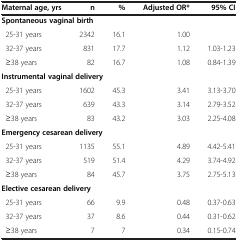
| Maternal age, yrs | n | % | Adjusted OR* | 95% CI |
 | --- | --- | --- | --- | --- |
 | Spontaneous vaginal birth |  |  |  |  |
 | 25-31 years | 2342 | 16.1 | 1.00 |  |
 | 32-37 years | 831 | 17.7 | 1.12 | 1.03-1.23 |
 | ≥38 years | 82 | 16.7 | 1.08 | 0.84-1.39 |
 | Instrumental vaginal delivery |  |  |  |  |
 | 25-31 years | 1602 | 45.3 | 3.41 | 3.13-3.70 |
 | 32-37 years | 639 | 43.3 | 3.14 | 2.79-3.52 |
 | ≥38 years | 83 | 43.2 | 3.03 | 2.25-4.08 |
 | Emergency cesarean delivery |  |  |  |  |
 | 25-31 years | 1135 | 55.1 | 4.89 | 4.42-5.41 |
 | 32-37 years | 519 | 51.4 | 4.29 | 3.74-4.92 |
 | ≥38 years | 84 | 45.7 | 3.75 | 2.75-5.13 |
 | Elective cesarean delivery |  |  |  |  |
 | 25-31 years | 66 | 9.9 | 0.48 | 0.37-0.63 |
 | 32-37 years | 37 | 8.6 | 0.44 | 0.31-0.62 |
 | ≥38 years | 7 | 7 | 0.34 | 0.15-0.74 |